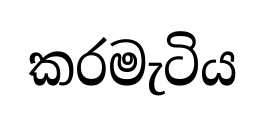
කරමැටිය